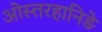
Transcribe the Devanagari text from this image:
ओस्तरहानिङे